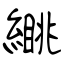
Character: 繉